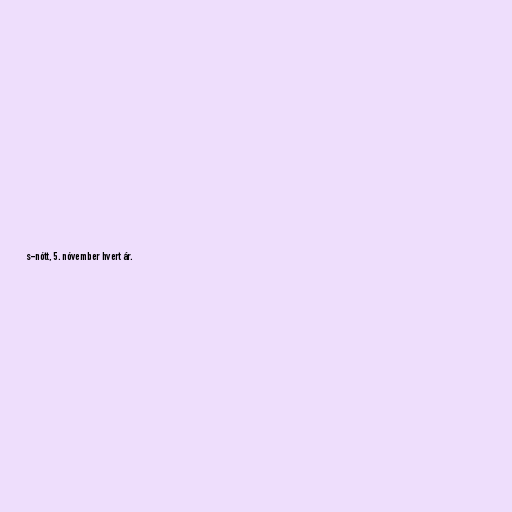
s-nótt, 5. nóvember hvert ár.